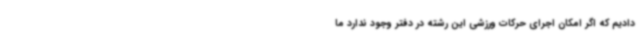
دادیم که اگر امکان اجرای حرکات ورزشی این رشته در دفتر وجود ندارد ما